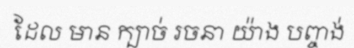
ដែល មាន ក្បាច់ រចនា យ៉ាង បញ្ចង់